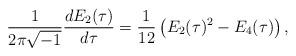
LaTeX: \begin{align*}\frac{1}{2\pi \sqrt{-1}} \dfrac{d E_2(\tau)}{d\tau} = \frac{1}{12} \left( E_2(\tau)^2 - E_4(\tau) \right),\end{align*}